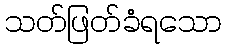
သတ်ဖြတ်ခံရသော